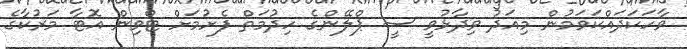
ވާހަކަދައްކަވަމުން މިއަދު ވިދާޅުވީ ސީ ޕްލޭންގެ ހިދުމަތް ފެށުމަށް ޓްވިން އޮޓާ މަރުކާގެ